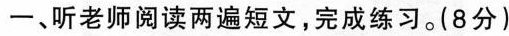
一、听老师阅读两遍短文，完成练习。(8分)